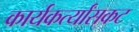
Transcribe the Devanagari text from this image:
कार्यकर्त्यांसकट